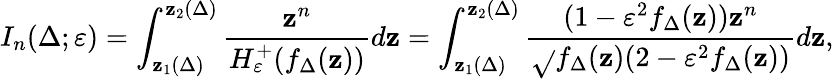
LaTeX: I_{n}(\Delta;\varepsilon)=\int_{\mathbf{z}_{1}(\Delta)}^{\mathbf{z}_{2}(\Delta)}\frac{{\mathbf{z}^{n}}}{{H_{\varepsilon}^{+}(f_{\Delta}(\mathbf{z}))}}d\mathbf{z}=\int_{\mathbf{z}_{1}(\Delta)}^{\mathbf{z}_{2}(\Delta)}\frac{{(1-\varepsilon^{2}f_{\Delta}(\mathbf{z}))\mathbf{z}^{n}}}{{\sqrt{}{{f_{\Delta}(\mathbf{z})(2-\varepsilon^{2}f_{\Delta}(\mathbf{z}))}}}}d\mathbf{z},